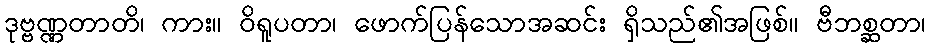
ဒုဗ္ဗဏ္ဏတာတိ၊ ကား။ ဝိရူပတာ၊ ဖောက်ပြန်သောအဆင်း ရှိသည်၏အဖြစ်။ ဗီဘစ္ဆတာ၊